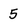
Character: 5